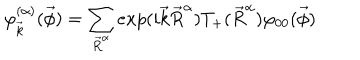
\varphi _ { \vec { k } } ^ { ( \alpha ) } ( \vec { \phi } ) = \sum _ { \vec { R } ^ { \alpha } } e x p ( i \vec { k } \vec { R } ^ { \alpha } ) T _ { + } ( \vec { R } ^ { \alpha } ) \varphi _ { 0 0 } ( \vec { \phi } )